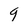
Character: 9